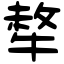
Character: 㹈